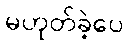
မဟုတ်ခဲ့ပေ